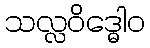
သလ္လဝိဒ္ဓေါဝ